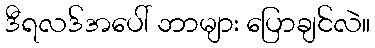
ဒီရလဒ်အပေါ် ဘာများ ပြောချင်လဲ။